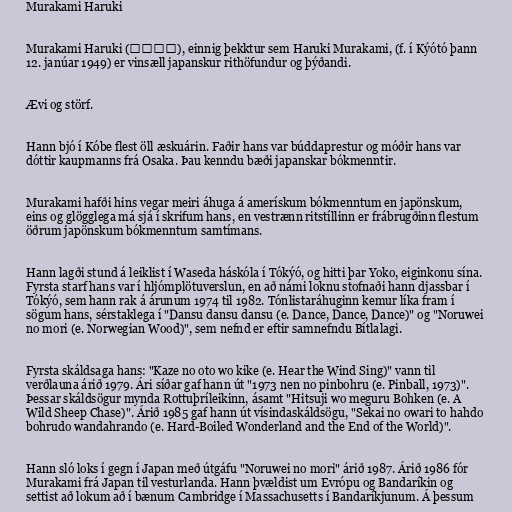
Murakami Haruki

Murakami Haruki (村上春樹), einnig þekktur sem Haruki Murakami, (f. í Kýótó þann
12. janúar 1949) er vinsæll japanskur rithöfundur og þýðandi.

Ævi og störf.

Hann bjó í Kóbe flest öll æskuárin. Faðir hans var búddaprestur og móðir hans var
dóttir kaupmanns frá Osaka. Þau kenndu bæði japanskar bókmenntir.

Murakami hafði hins vegar meiri áhuga á amerískum bókmenntum en japönskum,
eins og glögglega má sjá í skrifum hans, en vestrænn ritstíllinn er frábrugðinn flestum
öðrum japönskum bókmenntum samtímans.

Hann lagði stund á leiklist í Waseda háskóla í Tókýó, og hitti þar Yoko, eiginkonu sína.
Fyrsta starf hans var í hljómplötuverslun, en að námi loknu stofnaði hann djassbar í
Tókýó, sem hann rak á árunum 1974 til 1982. Tónlistaráhuginn kemur líka fram í
sögum hans, sérstaklega í "Dansu dansu dansu (e. Dance, Dance, Dance)" og "Noruwei
no mori (e. Norwegian Wood)", sem nefnd er eftir samnefndu Bítlalagi.

Fyrsta skáldsaga hans: "Kaze no oto wo kike (e. Hear the Wind Sing)" vann til
verðlauna árið 1979. Ári síðar gaf hann út "1973 nen no pinbohru (e. Pinball, 1973)".
Þessar skáldsögur mynda Rottuþríleikinn, ásamt "Hitsuji wo meguru Bohken (e. A
Wild Sheep Chase)". Árið 1985 gaf hann út vísindaskáldsögu, "Sekai no owari to hahdo
bohrudo wandahrando (e. Hard-Boiled Wonderland and the End of the World)".

Hann sló loks í gegn í Japan með útgáfu "Noruwei no mori" árið 1987. Árið 1986 fór
Murakami frá Japan til vesturlanda. Hann þvældist um Evrópu og Bandaríkin og
settist að lokum að í bænum Cambridge í Massachusetts í Bandaríkjunum. Á þessum